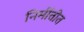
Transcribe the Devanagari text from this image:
निर्मीतीत